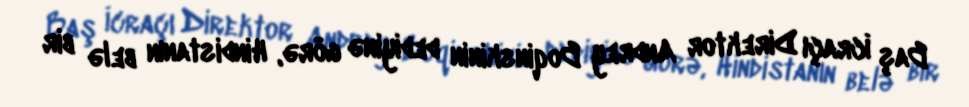
Baş İcraçı Direktor Andrey Boqinskinin dediyinə görə, Hindistanın belə bir